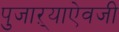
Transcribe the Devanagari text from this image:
पुजाऱ्याऐवजी